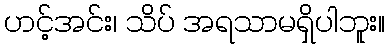
ဟင့်အင်း၊ သိပ် အရသာမရှိပါဘူး။